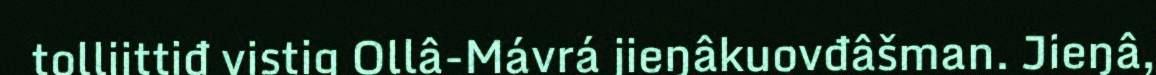
tolliittiđ vistig Ollâ-Mávrá jieŋâkuovđâšman. Jieŋâ,